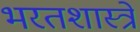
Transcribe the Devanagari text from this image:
भरतशास्त्रे